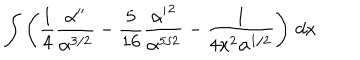
LaTeX: \int \left( { \frac { 1 } { 4 } } { \frac { \alpha ^ { \prime \prime } } { \alpha ^ { 3 / 2 } } } - { \frac { 5 } { 1 6 } } { \frac { { \alpha ^ { \prime } } ^ { 2 } } { \alpha ^ { 5 / 2 } } } - { \frac { 1 } { 4 x ^ { 2 } \alpha ^ { 1 / 2 } } } \right) \, d x